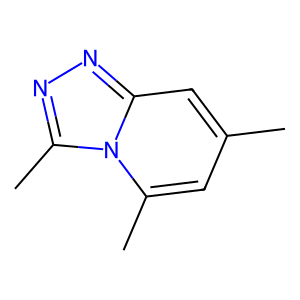
SMILES: Cc1cc(C)n2c(C)nnc2c1
Inhibits HIV replication: No